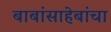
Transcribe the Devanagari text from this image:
बाबांसाहेबांचा